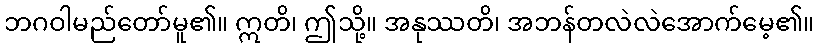
ဘဂဝါမည်တော်မူ၏။ ဣတိ၊ ဤသို့။ အနုဿတိ၊ အဘန်တလဲလဲအောက်မေ့၏။